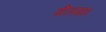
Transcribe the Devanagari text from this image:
गौरवगान